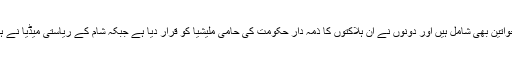
دونوں گروپوں کا کہنا ہے کہ مرنے والوں میں بچے اور خواتین بھی شامل ہیں اور دونوں نے ان ہلاکتوں کا ذمہ دار حکومت کی حامی ملیشیا کو قرار دیا ہے جبکہ شام کے ریاستی میڈیا نے ہلاکتوں کو ’مسلح دہشت گردوں‘ کی کارروائی قرار دیا ہے۔